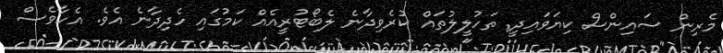
މެރިން ސައިންސް ކިޔަވައިދީ